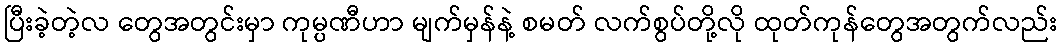
ပြီးခဲ့တဲ့လ တွေအတွင်းမှာ ကုမ္ပဏီဟာ မျက်မှန်နဲ့ စမတ် လက်စွပ်တို့လို ထုတ်ကုန်တွေအတွက်လည်း